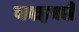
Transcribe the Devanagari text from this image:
काइनले